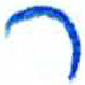
אות: ר